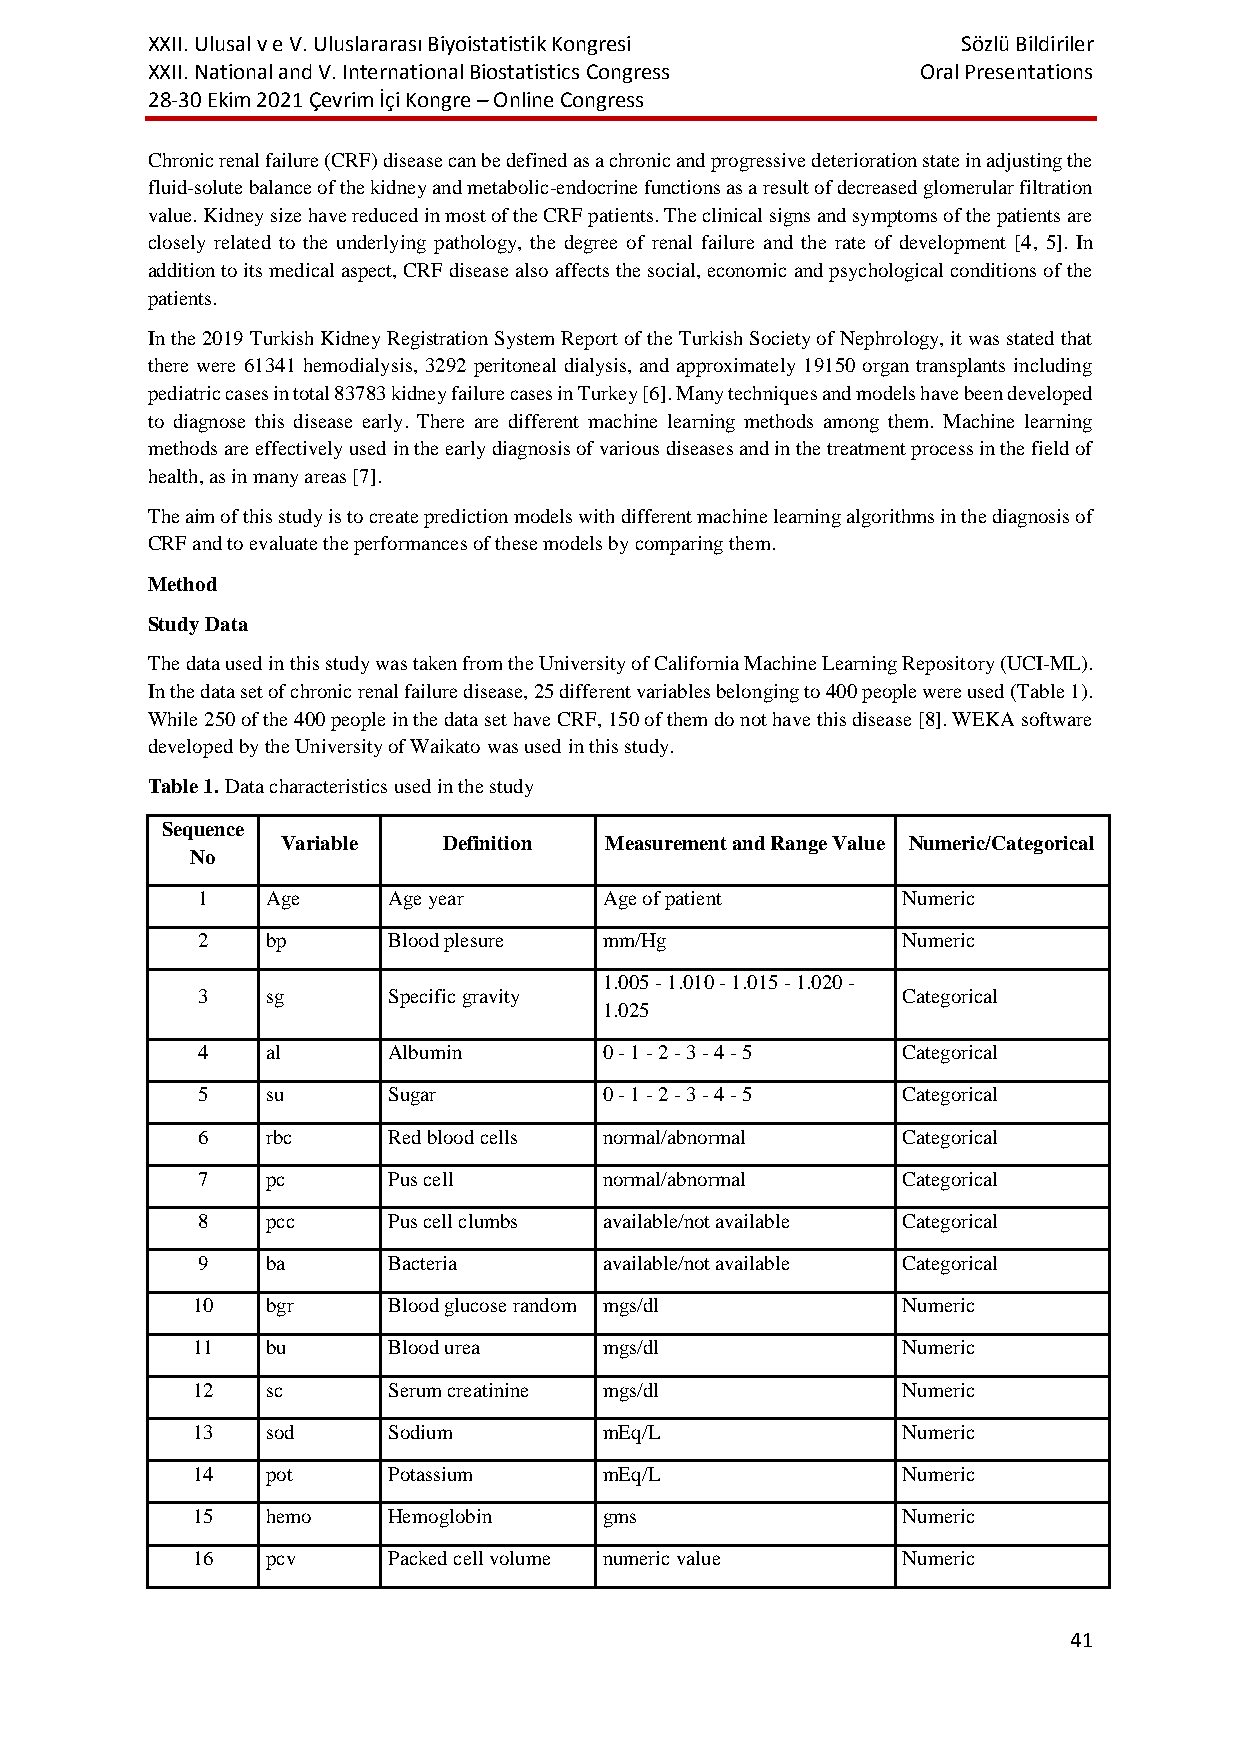
XXII. Ulusal v e V. Uluslararası Biyoistatistik Kongresi Sözlü Bildiriler
 XXII. National and V. International Biostatistics Congress Oral Presentations
 28-30 Ekim 2021 Çevrim İçi Kongre – Online Congress
 Chronic renal failure (CRF) disease can be defined as a chronic and progressive deterioration state in adjusting the
 fluid-solute balance of the kidney and metabolic-endocrine functions as a result of decreased glomerular filtration
 value. Kidney size have reduced in most of the CRF patients. The clinical signs and symptoms of the patients are
 closely related to the underlying pathology, the degree of renal failure and the rate of development [4, 5]. In
 addition to its medical aspect, CRF disease also affects the social, economic and psychological conditions of the
 patients.
 In the 2019 Turkish Kidney Registration System Report of the Turkish Society of Nephrology, it was stated that
 there were 61341 hemodialysis, 3292 peritoneal dialysis, and approximately 19150 organ transplants including
 pediatric cases in total 83783 kidney failure cases in Turkey [6]. Many techniques and models have been developed
 to diagnose this disease early. There are different machine learning methods among them. Machine learning
 methods are effectively used in the early diagnosis of various diseases and in the treatment process in the field of
 health, as in many areas [7].
 The aim of this study is to create prediction models with different machine learning algorithms in the diagnosis of
 CRF and to evaluate the performances of these models by comparing them.
 Method
 Study Data
 The data used in this study was taken from the University of California Machine Learning Repository (UCI-ML).
 In the data set of chronic renal failure disease, 25 different variables belonging to 400 people were used (Table 1).
 While 250 of the 400 people in the data set have CRF, 150 of them do not have this disease [8]. WEKA software
 developed by the University of Waikato was used in this study.
 Table 1. Data characteristics used in the study
 Sequence
 Variable  Definition Measurement and Range Value Numeric/Categorical
 No
 1    Age     Age year      Age of patient      Numeric
 2    bp      Blood plesure mm/Hg               Numeric
 1.005 - 1.010 - 1.015 - 1.020 -
 3    sg      Specific gravity                  Categorical
 1.025
 4    al      Albumin       0 - 1 - 2 - 3 - 4 - 5 Categorical
 5    su      Sugar         0 - 1 - 2 - 3 - 4 - 5 Categorical
 6    rbc     Red blood cells normal/abnormal   Categorical
 7    pc      Pus cell      normal/abnormal     Categorical
 8    pcc     Pus cell clumbs available/not available Categorical
 9    ba      Bacteria      available/not available Categorical
 10   bgr     Blood glucose random mgs/dl       Numeric
 11   bu      Blood urea    mgs/dl              Numeric
 12   sc      Serum creatinine mgs/dl           Numeric
 13   sod     Sodium        mEq/L               Numeric
 14   pot     Potassium     mEq/L               Numeric
 15   hemo    Hemoglobin    gms                 Numeric
 16   pcv     Packed cell volume numeric value  Numeric
 41